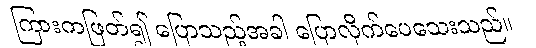
ကြားကဖြတ်၍ ပြောသည့်အခါ ပြောလိုက်ပေသေးသည်။